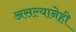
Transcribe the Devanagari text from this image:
असल्यानेही